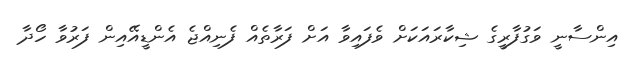
އިންސާނީ ވަގުފާރީގެ ޝިކާރައަކަށް ވެފައިވާ އަށް ފަރާތެއް ފެނިއްޖެ އެންޑީއޭއިން ފަރުވާ ހޯދާ